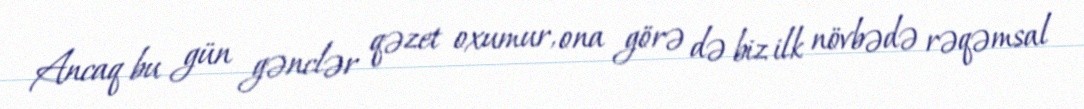
Ancaq bu gün gənclər qəzet oxumur, ona görə də biz ilk növbədə rəqəmsal